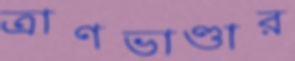
ত্রাণভাণ্ডার